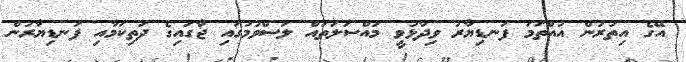
އޭގެ އިތުރުން އުއްތަމަ ފަނޑިޔާރު ވިދާޅުވީ މައްސަލަތައް ލަސްވުމުގައި ޖާގައިގެ ދަތިކަމާއި ފަނޑިޔާރުން